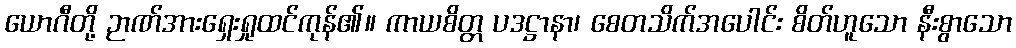
ယောဂီတို့ ဉာဏ်အားရှေးရှုထင်ကုန်၏။ ကာယစိတ္တ ပဒဋ္ဌာနာ၊ စေတသိက်အပေါင်း စိတ်ဟူသော နီးစွာသော